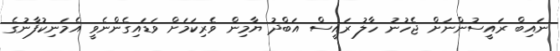
ނައިބް ރައީސުންނަށް ޖެހުނު ހާލު ރައީސް އަބްދު ޔާމިން ވެރިކަމަށް ވަޑައިގެންނެވީ އެމަނިކުފާނުގެ